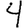
Digit: 4